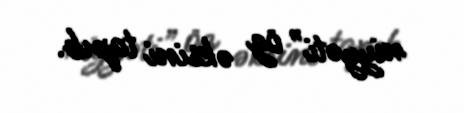
niyyəti” öz əksini tapıb.